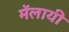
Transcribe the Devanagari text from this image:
मेंलायी